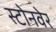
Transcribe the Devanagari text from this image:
स्टोनवेर